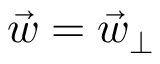
\vec { w } = \vec { w } _ { \perp }